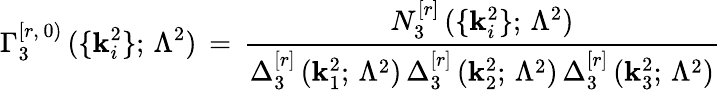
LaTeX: \Gamma_{3}^{[r,\, 0)}\, (\{ \mathbf{k}_{i}^{2}\} ;\, \Lambda^{2})\, =\, \frac{{N_{3}^{[r]}\, (\{ \mathbf{k}_{i}^{2}\} ;\, \Lambda^{2})}}{{\Delta_{3}^{[r]}\, (\mathbf{k}_{1}^{2};\, \Lambda^{2})\, \Delta_{3}^{[r]}\, (\mathbf{k}_{2}^{2};\, \Lambda^{2})\, \Delta_{3}^{[r]}\, (\mathbf{k}_{3}^{2};\, \Lambda^{2})}}